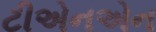
ટીએનએન